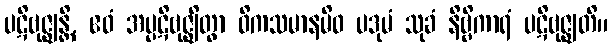
ပဋိဗုဇ္ဈန္တိ, ဧဝံ အပ္ပဋိဗုဇ္ဈိတွာ ဝိကသမာနမိဝ ပဒုမံ သုခံ နိဗ္ဗိကာရံ ပဋိဗုဇ္ဈတိ။